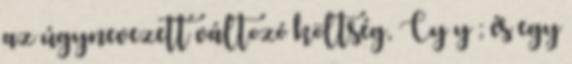
az úgynevezett változó költség, Cy y ; és egy